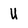
Character: U